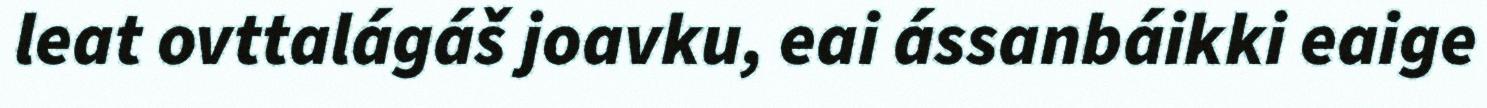
leat ovttalágáš joavku, eai ássanbáikki eaige